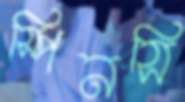
স্পিনসি